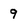
Character: 9